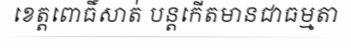
ខេត្តពោធិ៍សាត់ បន្តកើតមានជាធម្មតា